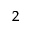
^ 2